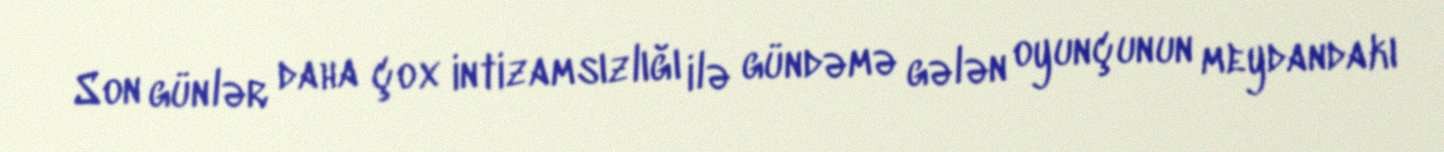
Son günlər daha çox intizamsızlığı ilə gündəmə gələn oyunçunun meydandakı